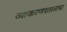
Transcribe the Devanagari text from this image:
व्याकरणशास्त्राचा